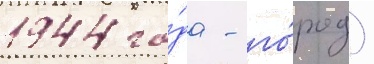
1944 го́да - го́род)